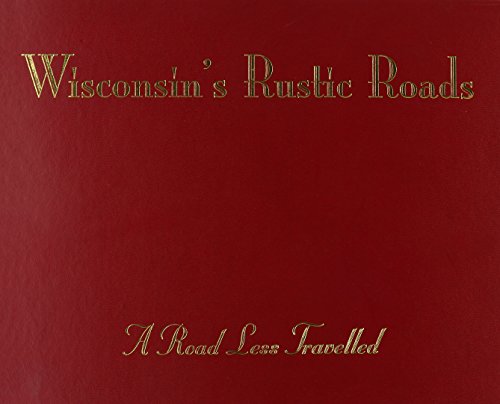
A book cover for Wisconsin's Rustic Roads: A Road Less Travelled; Bob Rashid; Travel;